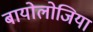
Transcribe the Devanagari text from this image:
बायोलोजिया